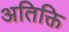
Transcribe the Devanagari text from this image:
अतिक्ति